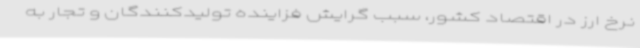
نرخ ارز در اقتصاد کشور، سبب گرایش فزاینده تولیدکنندگان و تجار به